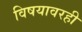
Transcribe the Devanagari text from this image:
विषयावरही